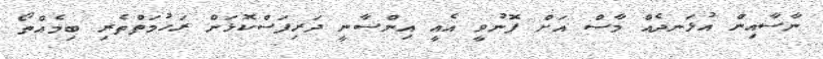
ނާސާއިން އުޅަނދެއް މާސް އަށް ފޮނުވީ އެއީ އިންސާނީ ދަރިފަސްކޮޅަށް ރަހުމަތްތެރި ބިމެއްތޯ